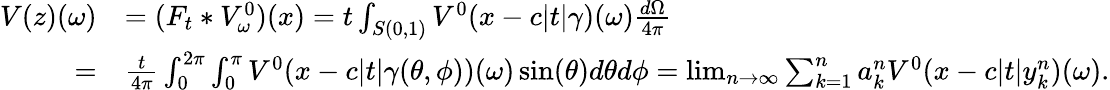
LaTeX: \begin{array}{rl}{V(z)(\omega)}&{=(F_{t}*V_{\omega}^{0})(x)=t\int_{S(0,1)}V^{0}(x-c|t|\gamma)(\omega)\frac{d\Omega}{4\pi}}\\ {=}&{\frac{t}{4\pi}\int_{0}^{2\pi}\int_{0}^{\pi}V^{0}(x-c|t|\gamma(\theta,\phi))(\omega)\sin(\theta)d\theta d\phi=\operatorname*{lim}_{n\rightarrow\infty}\sum_{k=1}^{n}a_{k}^{n}V^{0}(x-c|t|y_{k}^{n})(\omega).}\end{array}